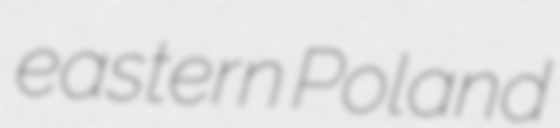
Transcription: eastern Poland